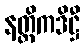
နတ္ထိကဒိဋ္ဌီ